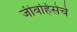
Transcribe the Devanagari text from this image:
जीवहिंसेचे